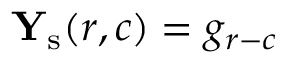
{ \bf Y } _ { \mathrm { s } } ( r , c ) = g _ { r - c }